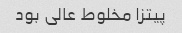
پیتزا مخلوط عالی بود